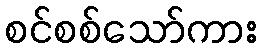
စင်စစ်သော်ကား